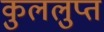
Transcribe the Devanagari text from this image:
कुललुप्त